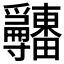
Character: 𤴎